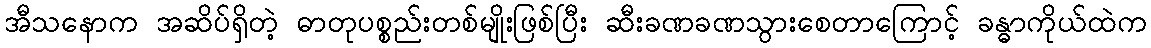
အီသနောက အဆိပ်ရှိတဲ့ ဓာတုပစ္စည်းတစ်မျိုးဖြစ်ပြီး ဆီးခဏခဏသွားစေတာကြောင့် ခန္ဓာကိုယ်ထဲက